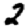
Digit: 2